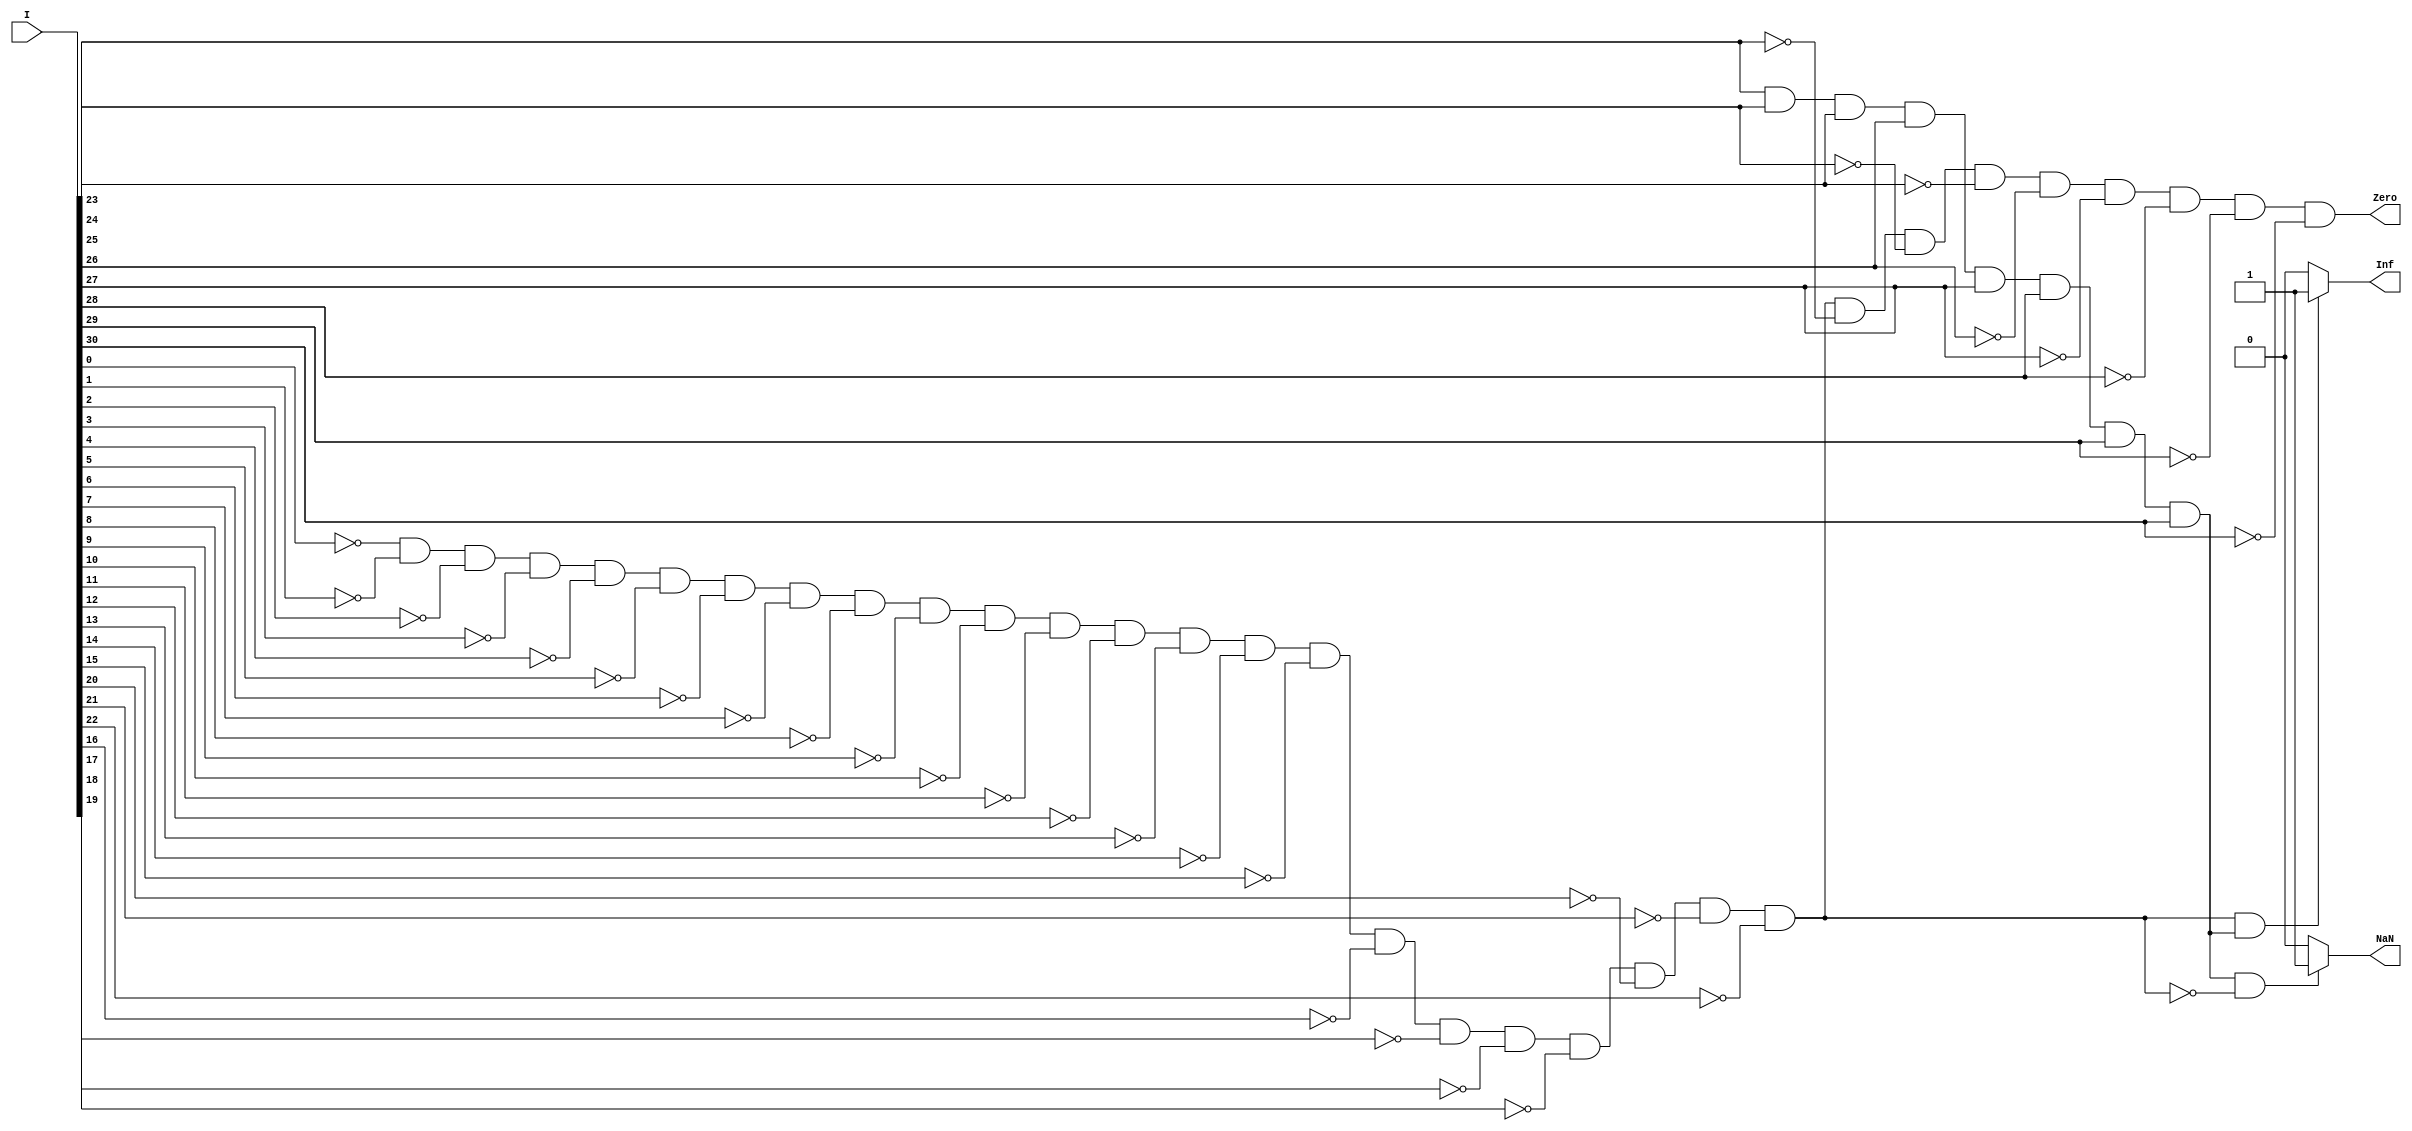
module specialcase(I,Inf,NaN,Zero);	
	input	[31:0]I;
	output	Zero, Inf, NaN;

	wire	zero_frac,one_exp;

	assign	Zero=~I[0]&~I[1]&~I[2]&~I[3]&~I[4]&~I[5]&~I[6]&~I[7]
		       		&~I[8]&~I[9]&~I[10]&~I[11]&~I[12]&~I[13]&~I[14]&~I[15]
		       		&~I[16]&~I[17]&~I[18]&~I[19]&~I[20]&~I[21]&~I[22]&~I[23]
		       		&~I[24]&~I[25]&~I[26]&~I[27]&~I[28]&~I[29]&~I[30];

	assign	zero_frac=~I[0]&~I[1]&~I[2]&~I[3]&~I[4]&~I[5]&~I[6]&~I[7]
		       		&~I[8]&~I[9]&~I[10]&~I[11]&~I[12]&~I[13]&~I[14]&~I[15]
		       		&~I[16]&~I[17]&~I[18]&~I[19]&~I[20]&~I[21]&~I[22];

	assign	one_exp=I[23]&I[24]&I[25]&I[26]&I[27]&I[28]&I[29]&I[30];

	assign	NaN=(one_exp==1&&zero_frac==0)?1:0;
	assign	Inf=(zero_frac&one_exp)?1:0;
endmodule